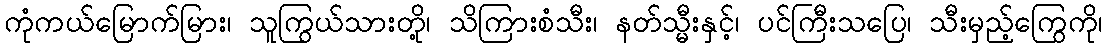
ကုံကယ်မြောက်မြား၊ သူကြွယ်သားတို့၊ သိကြားစံသီး၊ နတ်သ္မီးနှင့်၊ ပင်ကြီးသပြေ၊ သီးမှည့်ကြွေကို၊